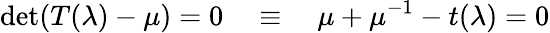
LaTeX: \operatorname*{det}(T(\lambda)-\mu)=0\quad\equiv\quad\mu+\mu^{-1}-t(\lambda)=0